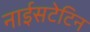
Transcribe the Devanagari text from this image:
नाईसटेटिन